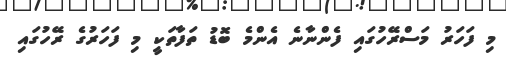
މި ފަހަރު މަސްރޭހުގައި ފެންނާނެ އެންމެ ބޮޑު ތަފާތަކީ މި ފަހަރުގެ ރޭހުގައި